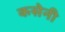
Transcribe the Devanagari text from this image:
कसेनी